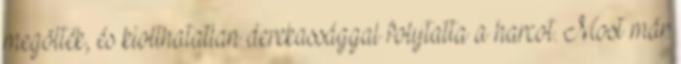
megölték, és kiolthatatlan derekassággal folytatta a harcot. Most már